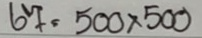
67 = 500 x 500